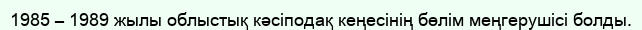
1985 – 1989 жылы облыстық кәсіподақ кеңесінің бөлім меңгерушісі болды.